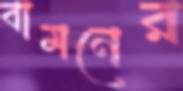
বামনের